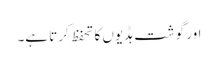
اور گوشت ہڈیوں کا تحفظ کرتا ہے۔